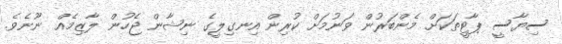
ސިޔާސީ ޕާޓީތަކަށް މެންބަރުން ވަނުމަށް ކުރިން އިނގިލީގެ ނިޝާން ޖެހުން ލާޒިމެއް ނޫނެވެ.